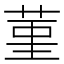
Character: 菫